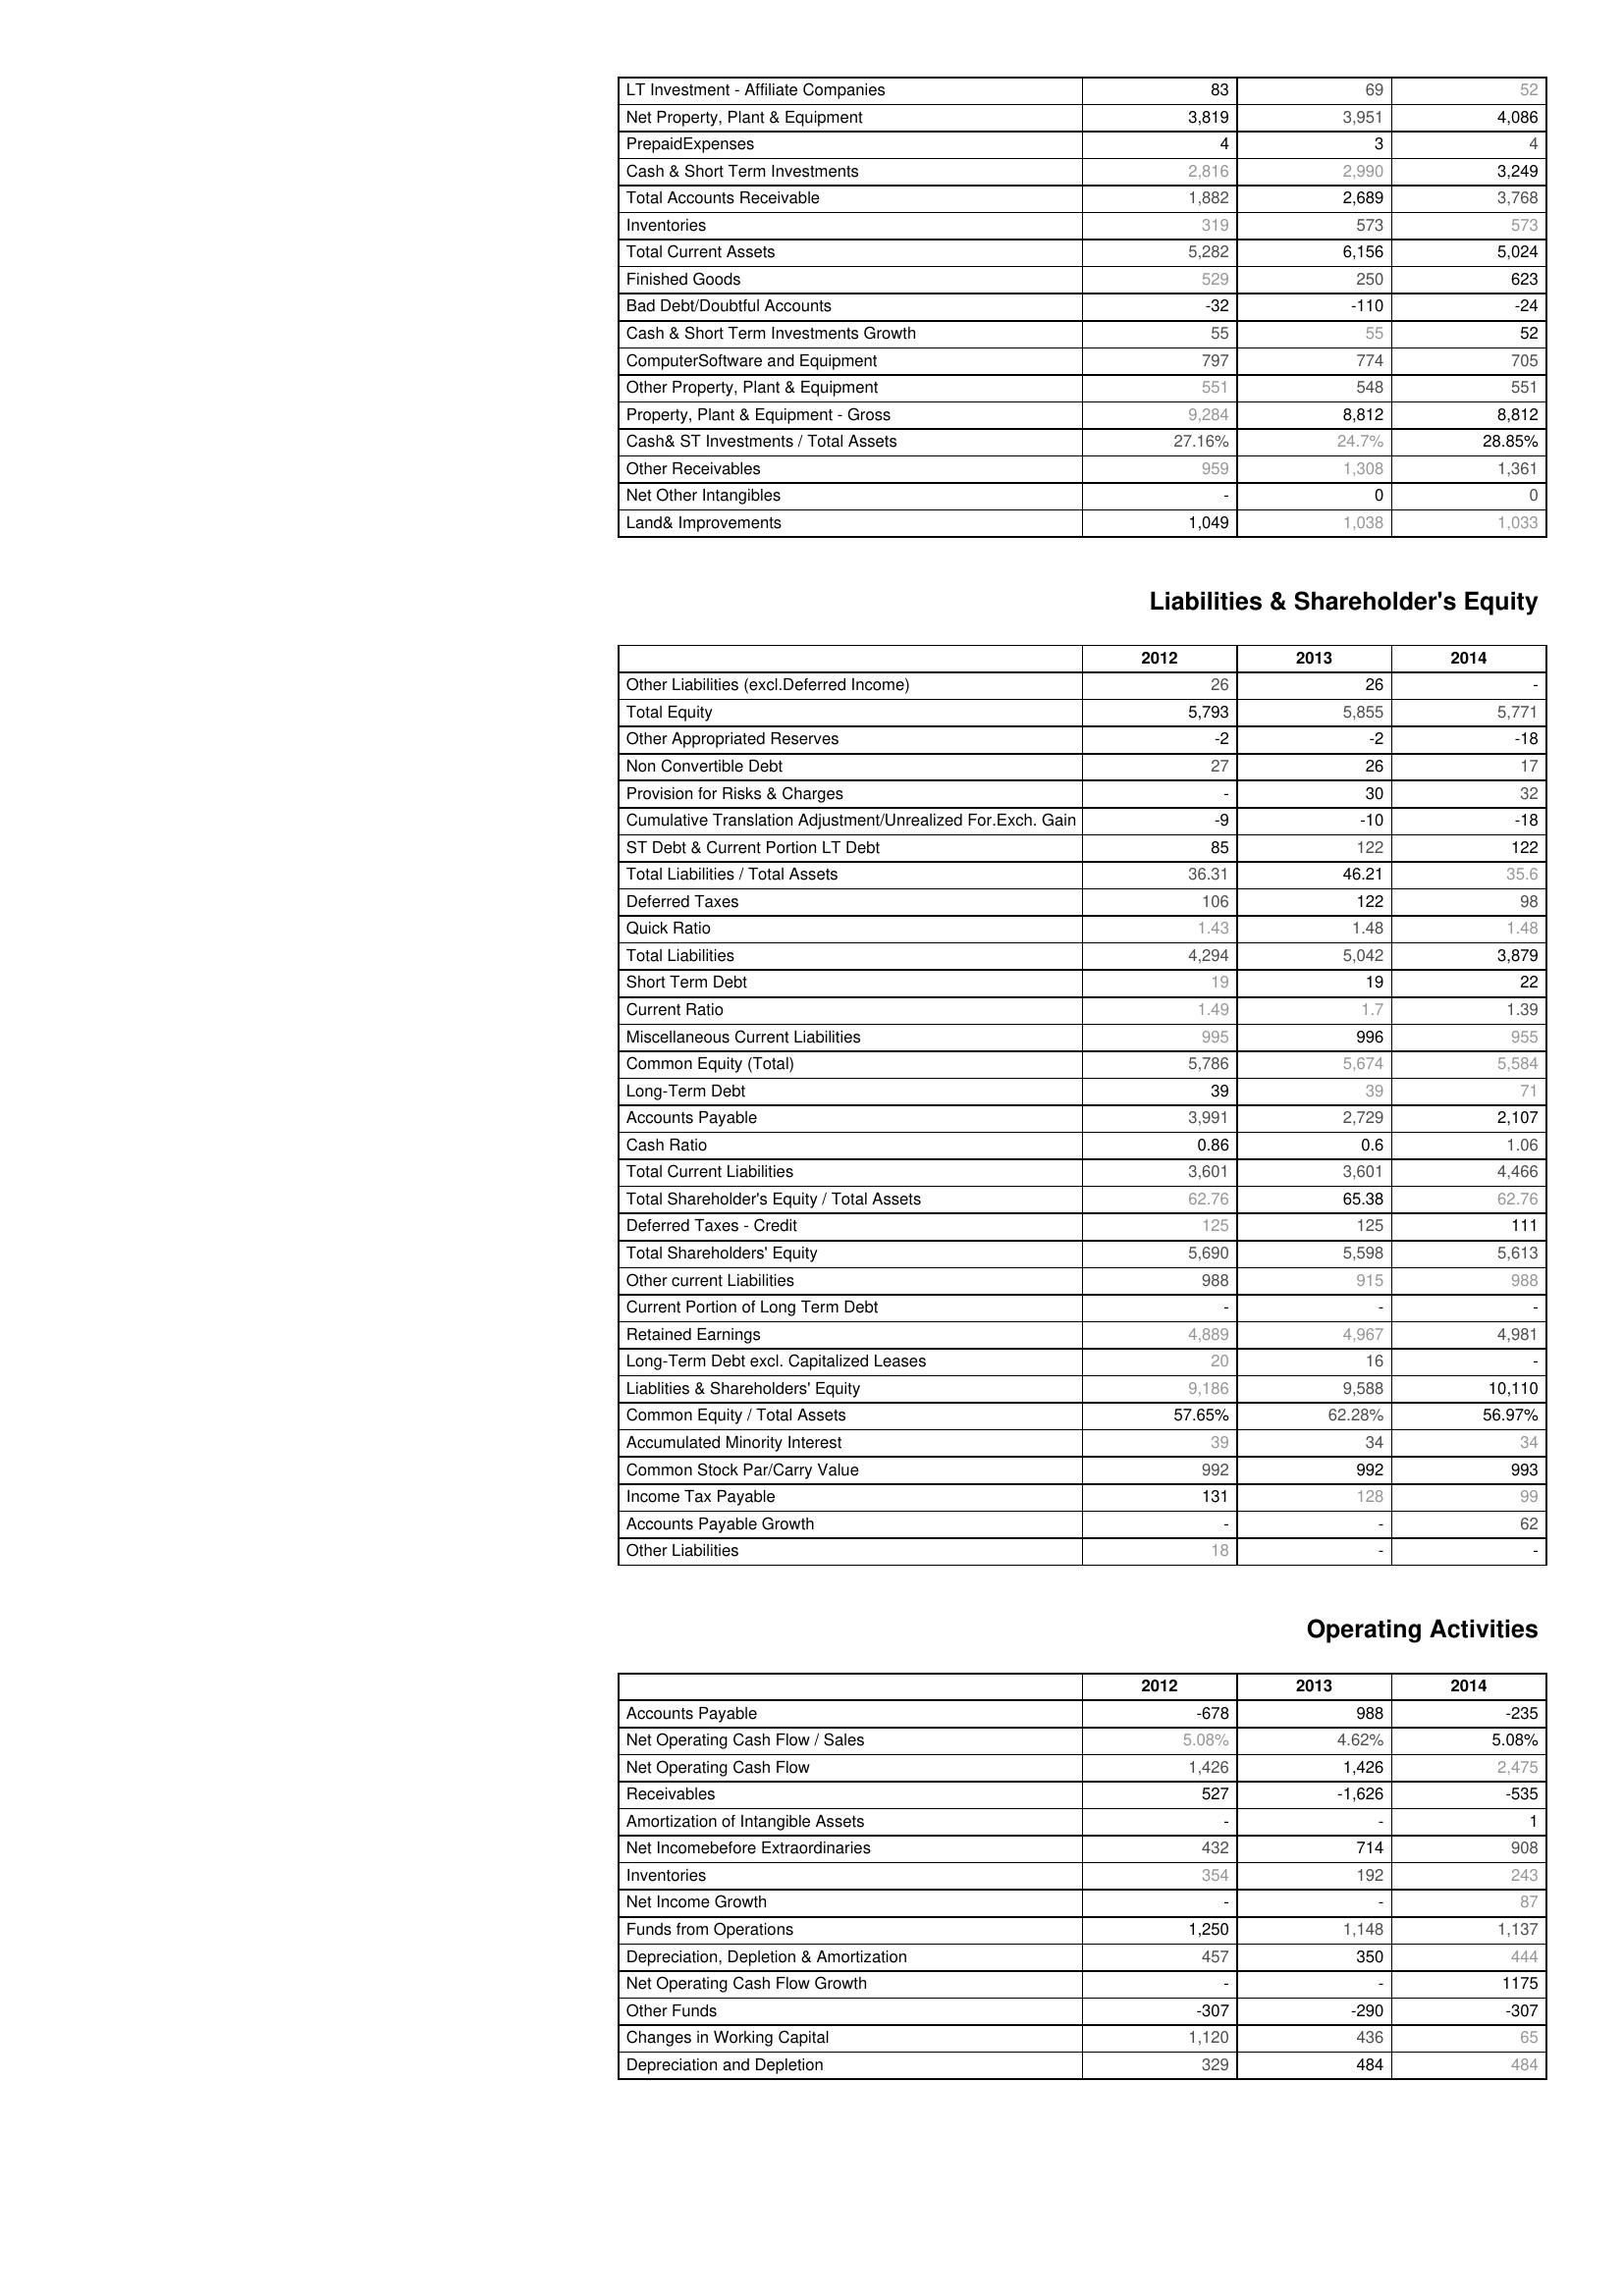
2012: Assets: LT Investment - Affiliate Companies: 83
Net Property, Plant & Equipment: 3,819
PrepaidExpenses: 4
Cash & Short Term Investments: 2,816
Total Accounts Receivable: 1,882
Inventories: 319
Total Current Assets: 5,282
Finished Goods: 529
Bad Debt/Doubtful Accounts: -32
Cash & Short Term Investments Growth: 55
ComputerSoftware and Equipment: 797
Other Property, Plant & Equipment: 551
Property, Plant & Equipment - Gross : 9,284
Cash& ST Investments / Total Assets: 27.16%
Other Receivables: 959
Net Other Intangibles: -
Land& Improvements: 1,049
Liabilities & Shareholder's Equity: Other Liabilities (excl.Deferred Income): 26
Total Equity: 5,793
Other Appropriated Reserves: -2
Non Convertible Debt: 27
Provision for Risks & Charges: -
Cumulative Translation Adjustment/Unrealized For.Exch. Gain: -9
ST Debt & Current Portion LT Debt: 85
Total Liabilities / Total Assets: 36.31
Deferred Taxes: 106
Quick Ratio: 1.43
Total Liabilities: 4,294
Short Term Debt: 19
Current Ratio: 1.49
Miscellaneous Current Liabilities: 995
Common Equity (Total): 5,786
Long-Term Debt: 39
Accounts Payable: 3,991
Cash Ratio: 0.86
Total Current Liabilities: 3,601
Total Shareholder's Equity / Total Assets: 62.76
Deferred Taxes - Credit: 125
Total Shareholders' Equity: 5,690
Other current Liabilities: 988
Current Portion of Long Term Debt: -
Retained Earnings: 4,889
Long-Term Debt excl. Capitalized Leases: 20
Liablities & Shareholders' Equity: 9,186
Common Equity / Total Assets: 57.65%
Accumulated Minority Interest: 39
Common Stock Par/Carry Value: 992
Income Tax Payable: 131
Accounts Payable Growth: -
Other Liabilities: 18
Operating Activities: Accounts Payable: -678
Net Operating Cash Flow / Sales: 5.08%
Net Operating Cash Flow: 1,426
Receivables: 527
Amortization of Intangible Assets: -
Net Incomebefore Extraordinaries: 432
Inventories: 354
Net Income Growth: -
Funds from Operations: 1,250
Depreciation, Depletion & Amortization: 457
Net Operating Cash Flow Growth: -
Other Funds: -307
Changes in Working Capital: 1,120
Depreciation and Depletion: 329
2013: Assets: LT Investment - Affiliate Companies: 69
Net Property, Plant & Equipment: 3,951
PrepaidExpenses: 3
Cash & Short Term Investments: 2,990
Total Accounts Receivable: 2,689
Inventories: 573
Total Current Assets: 6,156
Finished Goods: 250
Bad Debt/Doubtful Accounts: -110
Cash & Short Term Investments Growth: 55
ComputerSoftware and Equipment: 774
Other Property, Plant & Equipment: 548
Property, Plant & Equipment - Gross : 8,812
Cash& ST Investments / Total Assets: 24.7%
Other Receivables: 1,308
Net Other Intangibles: 0
Land& Improvements: 1,038
Liabilities & Shareholder's Equity: Other Liabilities (excl.Deferred Income): 26
Total Equity: 5,855
Other Appropriated Reserves: -2
Non Convertible Debt: 26
Provision for Risks & Charges: 30
Cumulative Translation Adjustment/Unrealized For.Exch. Gain: -10
ST Debt & Current Portion LT Debt: 122
Total Liabilities / Total Assets: 46.21
Deferred Taxes: 122
Quick Ratio: 1.48
Total Liabilities: 5,042
Short Term Debt: 19
Current Ratio: 1.7
Miscellaneous Current Liabilities: 996
Common Equity (Total): 5,674
Long-Term Debt: 39
Accounts Payable: 2,729
Cash Ratio: 0.6
Total Current Liabilities: 3,601
Total Shareholder's Equity / Total Assets: 65.38
Deferred Taxes - Credit: 125
Total Shareholders' Equity: 5,598
Other current Liabilities: 915
Current Portion of Long Term Debt: -
Retained Earnings: 4,967
Long-Term Debt excl. Capitalized Leases: 16
Liablities & Shareholders' Equity: 9,588
Common Equity / Total Assets: 62.28%
Accumulated Minority Interest: 34
Common Stock Par/Carry Value: 992
Income Tax Payable: 128
Accounts Payable Growth: -
Other Liabilities: -
Operating Activities: Accounts Payable: 988
Net Operating Cash Flow / Sales: 4.62%
Net Operating Cash Flow: 1,426
Receivables: -1,626
Amortization of Intangible Assets: -
Net Incomebefore Extraordinaries: 714
Inventories: 192
Net Income Growth: -
Funds from Operations: 1,148
Depreciation, Depletion & Amortization: 350
Net Operating Cash Flow Growth: -
Other Funds: -290
Changes in Working Capital: 436
Depreciation and Depletion: 484
2014: Assets: LT Investment - Affiliate Companies: 52
Net Property, Plant & Equipment: 4,086
PrepaidExpenses: 4
Cash & Short Term Investments: 3,249
Total Accounts Receivable: 3,768
Inventories: 573
Total Current Assets: 5,024
Finished Goods: 623
Bad Debt/Doubtful Accounts: -24
Cash & Short Term Investments Growth: 52
ComputerSoftware and Equipment: 705
Other Property, Plant & Equipment: 551
Property, Plant & Equipment - Gross : 8,812
Cash& ST Investments / Total Assets: 28.85%
Other Receivables: 1,361
Net Other Intangibles: 0
Land& Improvements: 1,033
Liabilities & Shareholder's Equity: Other Liabilities (excl.Deferred Income): -
Total Equity: 5,771
Other Appropriated Reserves: -18
Non Convertible Debt: 17
Provision for Risks & Charges: 32
Cumulative Translation Adjustment/Unrealized For.Exch. Gain: -18
ST Debt & Current Portion LT Debt: 122
Total Liabilities / Total Assets: 35.6
Deferred Taxes: 98
Quick Ratio: 1.48
Total Liabilities: 3,879
Short Term Debt: 22
Current Ratio: 1.39
Miscellaneous Current Liabilities: 955
Common Equity (Total): 5,584
Long-Term Debt: 71
Accounts Payable: 2,107
Cash Ratio: 1.06
Total Current Liabilities: 4,466
Total Shareholder's Equity / Total Assets: 62.76
Deferred Taxes - Credit: 111
Total Shareholders' Equity: 5,613
Other current Liabilities: 988
Current Portion of Long Term Debt: -
Retained Earnings: 4,981
Long-Term Debt excl. Capitalized Leases: -
Liablities & Shareholders' Equity: 10,110
Common Equity / Total Assets: 56.97%
Accumulated Minority Interest: 34
Common Stock Par/Carry Value: 993
Income Tax Payable: 99
Accounts Payable Growth: 62
Other Liabilities: -
Operating Activities: Accounts Payable: -235
Net Operating Cash Flow / Sales: 5.08%
Net Operating Cash Flow: 2,475
Receivables: -535
Amortization of Intangible Assets: 1
Net Incomebefore Extraordinaries: 908
Inventories: 243
Net Income Growth: 87
Funds from Operations: 1,137
Depreciation, Depletion & Amortization: 444
Net Operating Cash Flow Growth: 1175
Other Funds: -307
Changes in Working Capital: 65
Depreciation and Depletion: 484